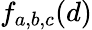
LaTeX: f_{a,b,c}(d)